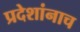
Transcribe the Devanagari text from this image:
प्रदेशांनाच